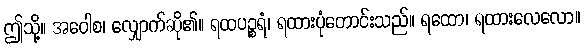
ဤသို့။ အဝေါစ၊ လျှောက်ဆို၏။ ရထပဉ္စရံ၊ ရထားပုံတောင်းသည်။ ရထော၊ ရထားလေလော။